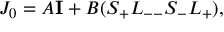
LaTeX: J _ { 0 } = A { \bf I } + B ( S _ { + } L _ { -- } S _ { - } L _ { + } ) ,